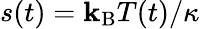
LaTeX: s(t)=\mathbf{k}_{\mathrm{{B}}}T(t)/\kappa